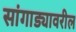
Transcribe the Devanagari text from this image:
सांगाड्यावरील